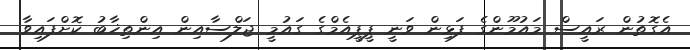
އެގޮތުން ރައީސް މައުމޫންގެ ފަޅިން ވަނީ ޕީޕީއެމްގެ ގައުމީ ޖަލްސާއިން އިންތިޚާބު ކޮށްފައިވާ